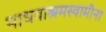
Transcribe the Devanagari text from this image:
माधवाश्रमस्वामींना